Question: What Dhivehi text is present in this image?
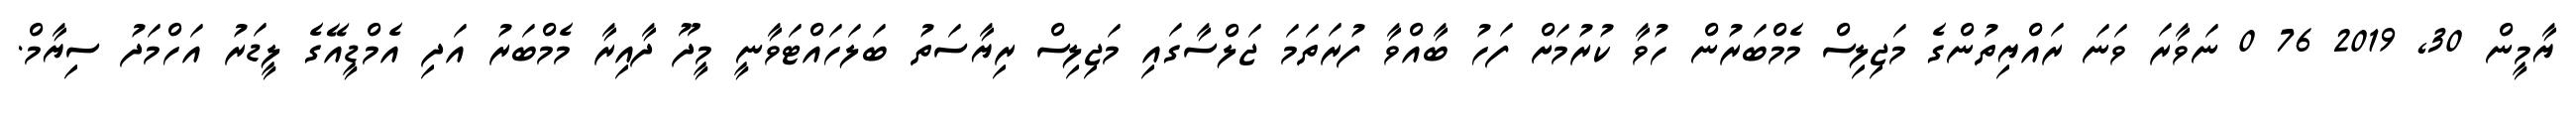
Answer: ޔާމީން 30, 2019 76 0 ނަވާރަ ވަނަ ރައްޔިތުންގެ މަޖިލިސް މެމްބަރުން ހުވާ ކުރުމަށް ފަހު ބާއްވާ ފުރަތަމަ ޖަލްސާގައި މަޖިލިސް ރިޔާސަތު ބަލަހައްޓަވާނީ މީދޫ ދާއިރާ މެމްބަރު އަދި އެމްޑީއޭގެ ލީޑަރު އަހްމަދު ސިޔާމް.